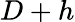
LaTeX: D+h